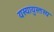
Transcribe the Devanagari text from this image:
यस्यायुस्तस्य